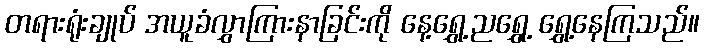
တရားရုံးချုပ် အယူခံလွှာကြားနာခြင်းကို နေ့ရွှေ့ညရွှေ့ ရွှေ့နေကြသည်။